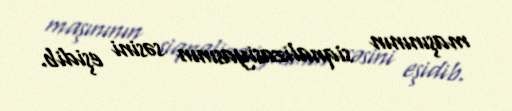
maşınının siqnalizasiyasının səsini eşidib.